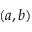
( a , b )